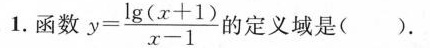
1.函数y=\frac{lg(x+1)}{x-1}的定义域是（ ）.